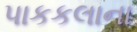
પાકકલાના